Vaccination Hyderabad 1890-1903 - 1890-1903
Year: 1890
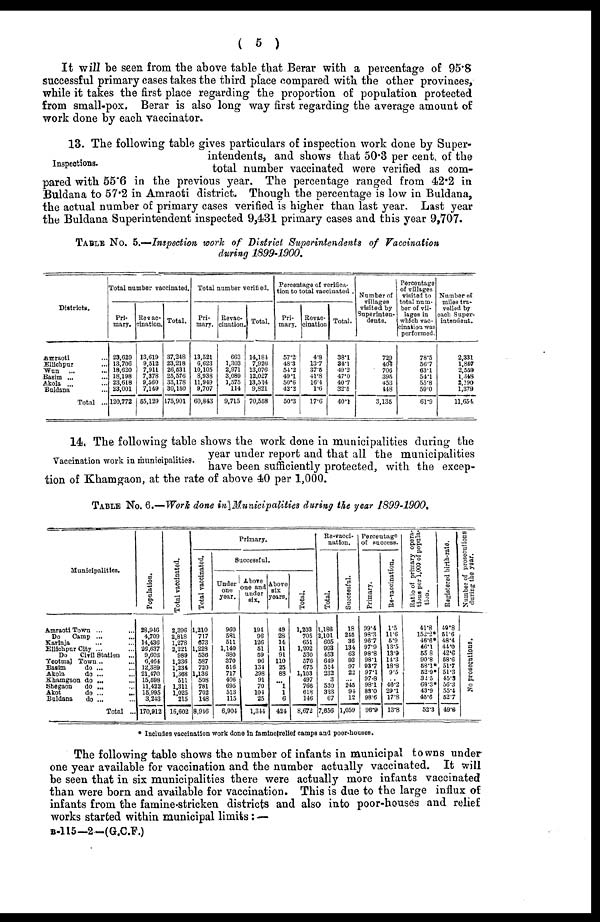
( 5 )
It will be seen from the above table that Berar with a percentage of 95.8
successful primary cases takes the third place compared with the other provinces,
while it takes the first place regarding the proportion of population protected
from small-pox. Berar is also long way first regarding the average amount of
work done by each vaccinator.
Inspections.
13. The following table gives particulars of inspection work done by Super-
intendents, and shows that 50.3 per cent. of the
total number vaccinated were verified as com-
pared with 55.6 in the previous year. The percentage ranged from 42.2 in
Buldana to 57.2 in Amraoti district. Though the percentage is low in Buldana,
the actual number of primary cases verified is higher than last year. Last year
the Buldana Superintendent inspected 9,431 primary cases and this year 9,707.
TABLE No. 5.—Inspection work of District Superintendents of Vaccination
during 1899-1900.
District.
Amraoti ...
Ellichpur ...
Wun
... ...
Basim ... ...
Akola ... ...
Buldana ...
Total ...
Total number vaccinated.
Pri-
mary.
23,629
13,706
18,620
18,198
23,618
23,001
120,772
Revac-
cination.
13,619
9,512
7,911
7,378
9,560
7,149
55,129
Total.
37,248
23,218
26,531
25,576
33,178
30,150
175,901
Total number verified.
Pri-
mary.
13,521
6,623
10,105
8,938
11,949
9,707
60,843
Revac-
cination.
663
1,303
2,971
3,089
1,575
114
9,715
Total.
14,184
7,926
13,076
12,027
13,524
9,821
70,558
Percentage of verifica-
tion to total vaccinated .
Pri-
mary.
57.2
48.3
54.2
49.1
50.6
42.2
50.3
Revac-
cination
4.8
13.7
37.5
41.8
16.4
1.6
17.6
Total.
38.1
34.1
49.2
47.0
40.7
32.5
40.1
Number of
villages
visited by
Superinten-
dents.
729
404
706
395
453
448
3,135
Percentage
of villages
visited to
total num-
ber of vil-
lages in
which vac-
cination was
performed.
78.5
56.7
63.1
54.1
55.8
59.0
61.9
Number of
miles tra-
velled by
each Super-
intendent.
2,331
1,847
2,559
1,348
2,190
1,379
11,654
Vaccination work in municipalities.
14. The following table shows the work done in municipalities during the
year under report and that all the municipalities
have been sufficiently protected, with the excep-
tion of Khamgaon, at the rate of above 40 per 1,000.
TABLE NO. 6.—Work done in Municipalities during the year 1899-1900.
Municipalities.
Amraoti Town ... ...
Do
Camp ... ...
Karinja ... ...
Ellichpur City ... ...
Do
Civil Station
...
Yeotmal Town... ...
Basim
do ... ...
Akola
do ... ...
Khamgaon do ... ...
Shegaon
do ... ...
Akot
do ...
...
Buldana
do ... ...
Total ...
Population.
28,946
4,709
14,436
26,637
9,603
6,464
12,389
21,470
15,598
11,422
15,995
3,243
170,912
Total vaccinated.
2,396
2,818
1,278
2,221
989
1,236
1,234
1,368
511
1,311
1,025
215
16,602
Primary.
Total vaccinated.
1,210
717
673
1,228
536
587
720
1,136
508
781
702
148
8,946
Successful.
Under
one
year.
960
581
511
1,140
380
370
516
717
406
695
513
115
6,904
Above
one and
under
six.
194
96
126
51
59
96
131
298
91
70
104
25
1,344
Above
six
years.
49
28
14
11
91
110
25
88
... 1
1
6
424
Total.
1,203
705
651
1,202
530
576
675
1,103
497
766
618
146
8,672
Re-vacci-
nation.
Total.
1,186
2,101
605
993
453
649
514
232
3
530
323
67
7,656
Successful.
18
245
36
134
63
93
97
22
... 245
94
12
1,059
Percentage
of success.
Primary.
99.4
98.3
96.7
97.9
98.8
98.1
93.7
97.1
97.8
98.1
88.0
98.6
96.9
Re-vaccination.
1.5
11.6
5.9
13.5
13.9
14.3
18.8
9.5
... 46.2
29.1
17.8
13.8
Ratio of primary opera-
tions per 1,000 of popula-
tion.
41.8
152.2*
46.6*
46.1
55.8
90.8
58.1*
52.9*
32.5
68.3*
43.9
45.6
52.3
Registered birth-rate.
40.8
51.6
48.4
44.0
42.6
58.6
51.7
51.3
45.3
56.3
55.4
52.7
49.6
Number of prosecutions
during the year.
No prosecutions.
* Includes vaccination work done in famine relief camps and poor-houses.
The following table shows the number of infants in municipal towns under
one year available for vaccination and the number actually vaccinated. It will
be seen that in six municipalities there were actually more infants vaccinated
than were born and available for vaccination. This is due to the large influx of
infants from the famine-stricken districts and also into poor-houses and relief
works started within municipal limits: —
B-115—2—(G.C.F.)